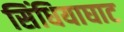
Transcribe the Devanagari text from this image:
सिंधियाघाट